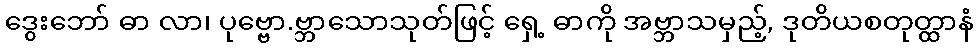
ဒွေးဘော် ဓာ လာ၊ ပုဗ္ဗော.ဗ္ဘာသောသုတ်ဖြင့် ရှေ့ ဓာကို အဗ္ဘာသမှည့်, ဒုတိယစတုတ္ထာနံ